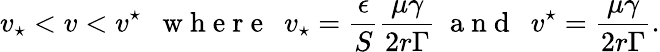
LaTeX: v_{\star}<v<v^{\star}\ \ \mathrm{~w~h~e~r~e~}\ \ v_{\star}=\frac{\epsilon}{S}\frac{\mu\gamma}{2r\Gamma}\ \mathrm{~a~n~d~}\ \ v^{\star}=\frac{\mu\gamma}{2r\Gamma}.